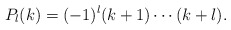
\begin{align*} P_l(k)=(-1)^l(k+1)\cdots(k+l).\end{align*}